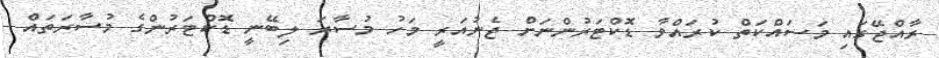
ރާއްޖޭގައި މަސައްކަތް ކުރައްވާ ޑޮކްޓަރުންނަށް ޖެނުއަރީ މަހު މުސާރަ ލިބޭނީ ޑޮކްޓަރުންގެ މުސާރަތައް